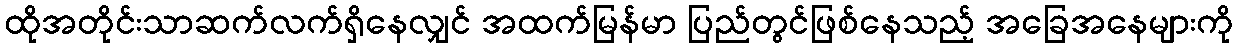
ထိုအတိုင်းသာဆက်လက်ရှိနေလျှင် အထက်မြန်မာ ပြည်တွင်ဖြစ်နေသည့် အခြေအနေများကို